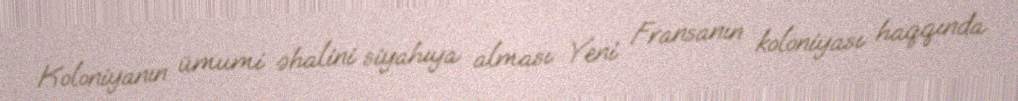
Koloniyanın ümumi əhalini siyahıya alması Yeni Fransanın koloniyası haqqında